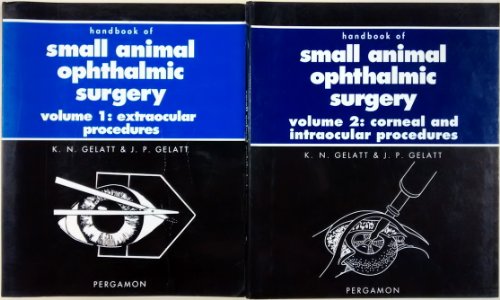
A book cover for Handbook of Small Animal Ophthalmic Surgery: Extraocular Procedures (Pergamon Veterinary Handbook Series); Kirk N. Gelatt; Medical Books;